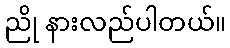
ညို နားလည်ပါတယ်။